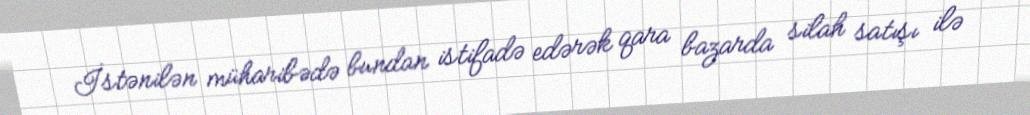
İstənilən müharibədə bundan istifadə edərək qara bazarda silah satışı ilə